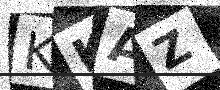
Text: KKAZ